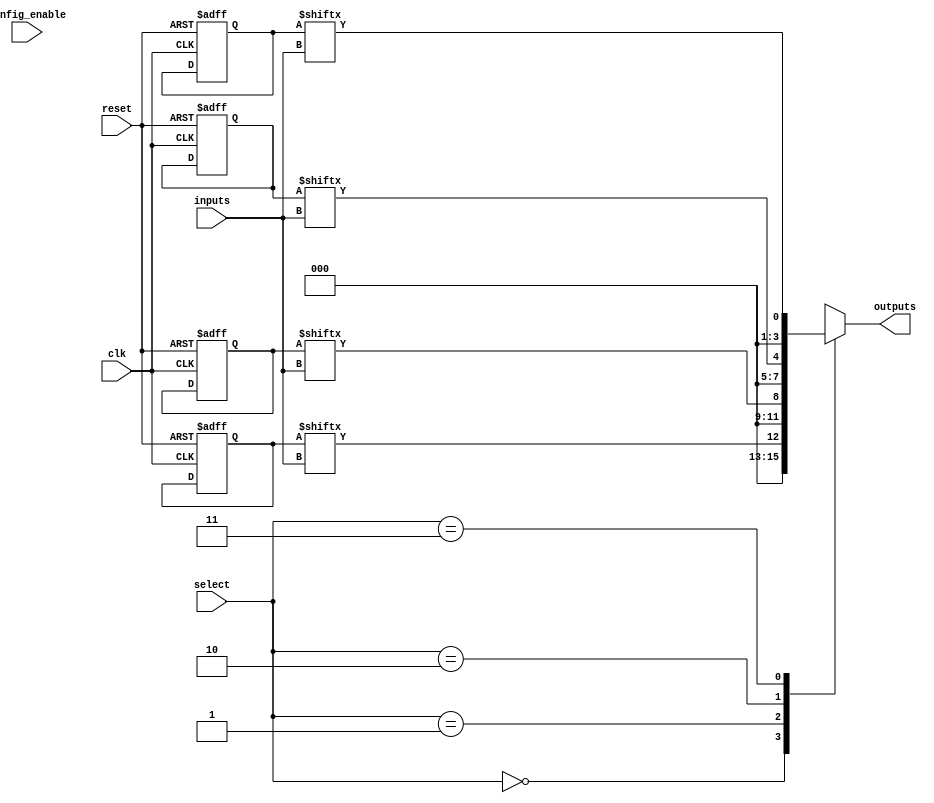
module CLB (
    input wire [3:0] inputs,         // Input lines (4 inputs)
    input wire [1:0] select,         // Select lines for multiplexers
    input wire config_enable,         // Configuration enable signal
    input wire clk,                   // Global clock signal
    input wire reset,                 // Global reset signal
    output reg [3:0] outputs          // Output lines (4 outputs)
);

// Configuration memory for LUTs (4 LUTs, each can implement a 4-input function)
reg [15:0] lut_config [3:0]; // 4 LUTs, each with 16 possible configurations

// Internal signals for LUT outputs
wire [3:0] lut_outputs;

// Logic Function Units (LUTs)
genvar i;
generate
    for (i = 0; i < 4; i = i + 1) begin : lut
        assign lut_outputs[i] = lut_config[i][inputs]; // LUT implementation
    end
endgenerate

// Multiplexers for selecting outputs from LUTs
always @(*) begin
    case (select)
        2'b00: outputs = lut_outputs[0]; // Select output from LUT0
        2'b01: outputs = lut_outputs[1]; // Select output from LUT1
        2'b10: outputs = lut_outputs[2]; // Select output from LUT2
        2'b11: outputs = lut_outputs[3]; // Select output from LUT3
        default: outputs = 4'b0000;       // Default case
    endcase
end

// Configuration memory initialization (for demonstration purposes)
always @(posedge clk or posedge reset) begin
    if (reset) begin
        // Reset configuration memory to default values
        lut_config[0] <= 16'b0000000000000001; // Example configuration for LUT0
        lut_config[1] <= 16'b0000000000000010; // Example configuration for LUT1
        lut_config[2] <= 16'b0000000000000100; // Example configuration for LUT2
        lut_config[3] <= 16'b0000000000001000; // Example configuration for LUT3
    end else if (config_enable) begin
        // Load new configurations (this could be from external memory)
        // For simplicity, we will keep the same values in this example
    end
end

endmodule